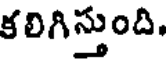
కలిగిస్తుంది.